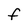
Character: F